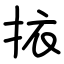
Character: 挔